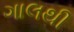
ગાલથી